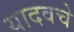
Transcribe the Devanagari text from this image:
यादवचे